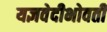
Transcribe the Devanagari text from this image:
यज्ञवेदीभोवती